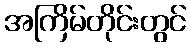
အကြိမ်တိုင်းတွင်